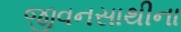
જીવનસાથીના